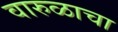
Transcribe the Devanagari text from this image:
वारुळाचा